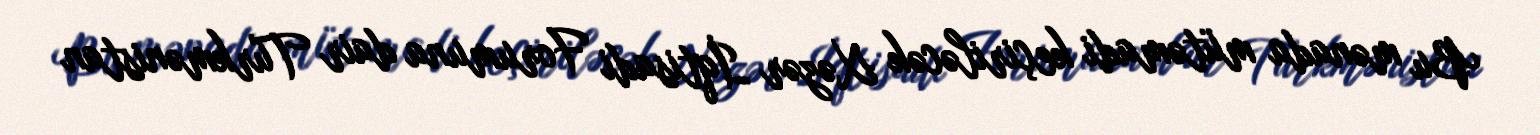
Bu mənada mütəmadi keçiriləcək Xəzər İqtisadi Forumuna dair Türkmənistan